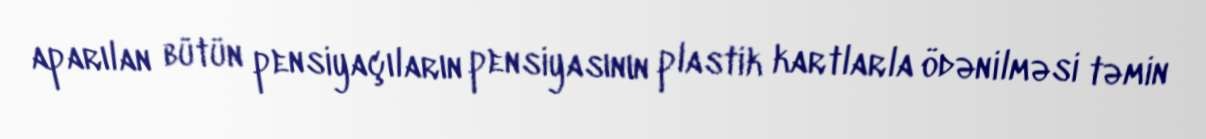
aparılan bütün pensiyaçıların pensiyasının plastik kartlarla ödənilməsi təmin